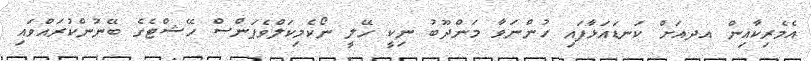
އެމެރިކާއިން އދއަށް ކަނޑައަޅާފައި ހުންނަވާ މަންދޫބު ނިކީ ހޭލީ ނޯކެމިކަލްވެޕަންސް ހޭޝްޓެގެ ބޭނުންކުރައްވައި